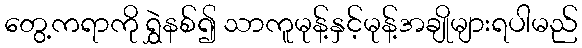
တွေ့ကရာကို ရွှဲနစ်၍ သာကူမုန့်နှင့်မုန့်အချိုများရပါမည်